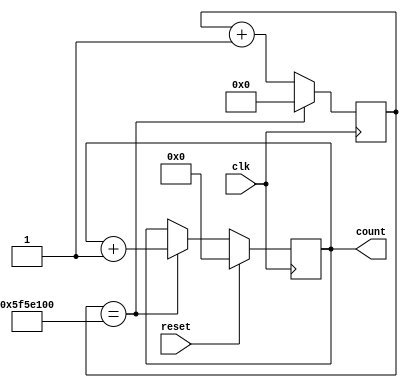
`timescale 1ns / 1ps
module eight_bit_counter(
        input clk, reset, output [7:0] count
    );
    reg [7:0] counter_up;
    reg [30:0] clk_counter;
    always@(posedge clk)
    begin
        if(clk_counter == 100000000)
            clk_counter <=0;
         else
            clk_counter <= clk_counter +1'b1;
     end
    always@(posedge clk)
        begin
            if(reset)
            counter_up <= 8'b0;
            else if(clk_counter == 100000000)
            counter_up <= counter_up +1;
        end
        assign count = counter_up;
endmodule